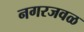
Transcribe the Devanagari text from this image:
नगरजवळ